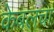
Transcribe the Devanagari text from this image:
केबलचा